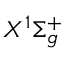
X ^ { 1 } \Sigma _ { g } ^ { + }